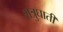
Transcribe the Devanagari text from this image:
शत्रुघाती